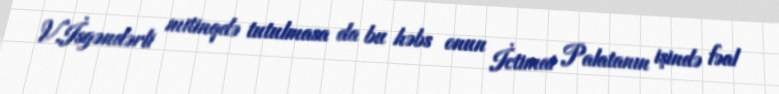
V.İsgəndərli mitinqdə tutulmasa da bu həbs onun İctimai Palatanın işində fəal